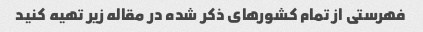
فهرستی از تمام کشورهای ذکر شده در مقاله زیر تهیه کنید